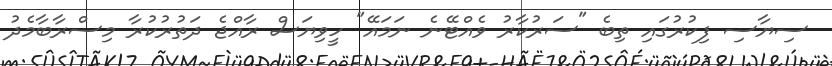
ސިޔާސި ފިކުރުގައި ތިބެ "ސަރުކާރު ވެއްޓޭނެ ނަމައޭ" ހީވިޔަސް ރާއްޖެ ދަތުރުކުރާ މިސްރާބާމެދު